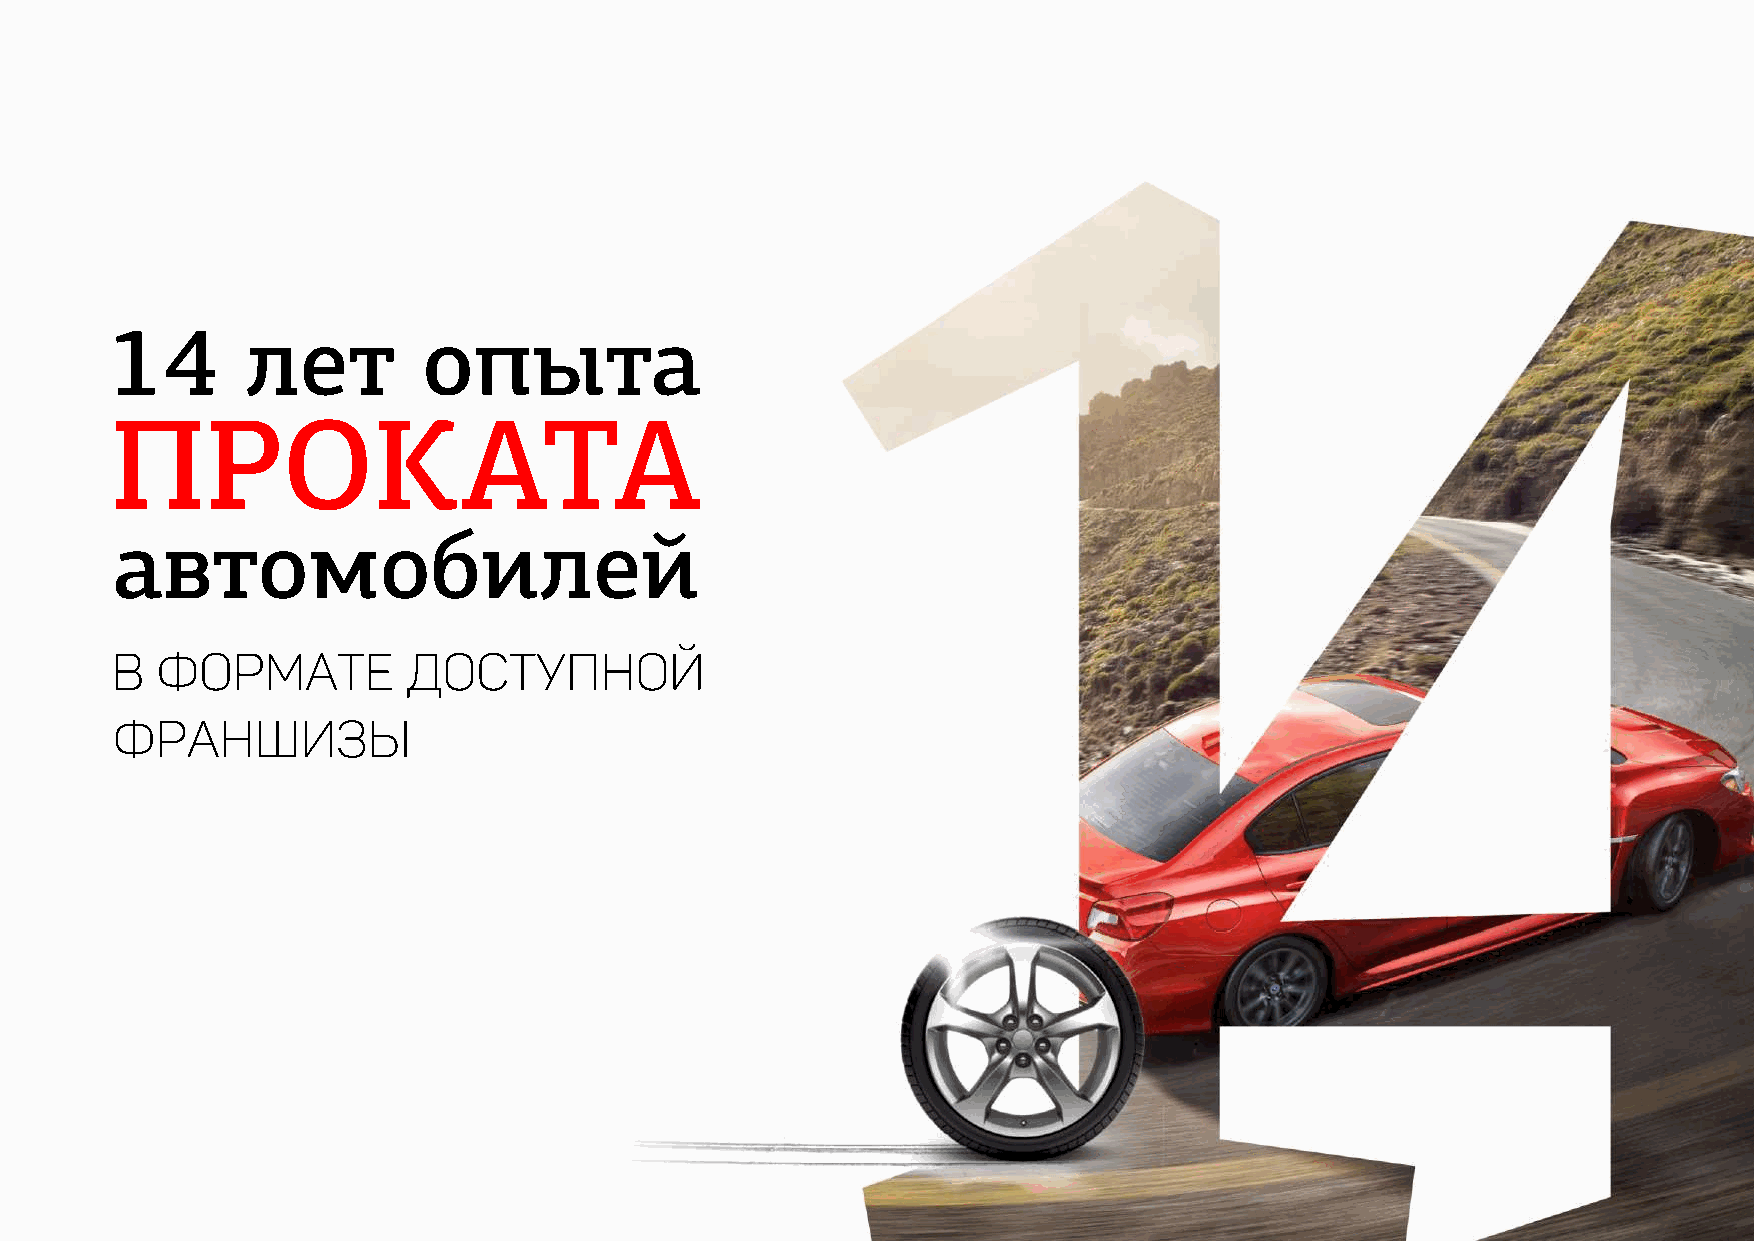
14       лет         опыта
 ПРОКАТА
 автомобилей
 в  формате          доступной
 франшизы